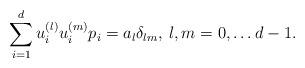
LaTeX: \begin{align*}\sum_{i=1}^{d}u^{(l)}_iu^{(m)}_ip_i = a_l\delta_{lm},\>l,m = 0,\ldots d-1.\end{align*}